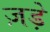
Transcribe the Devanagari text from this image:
ज़ड़े